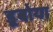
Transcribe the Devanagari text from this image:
डूबोया